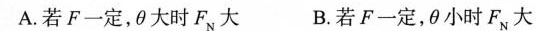
A.若F一定，θ大时F_{N}大 B.若F一定，θ小时F_{N}大